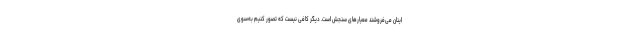
اینان می‌فروشند معیارهای سنجش است. دیگر کافی نیست که تصور کنیم به‌سوی